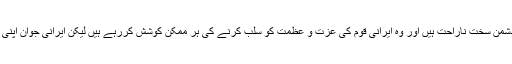
اسلامی جمہوریہ ایران کی علمی اور ٹیکنالوجی کے شعبوں میں پیشرفت سے دشمن سخت ناراحت ہیں اور وہ ایرانی قوم کی عزت و عظمت کو سلب کرنے کی ہر ممکن کوشش کررہے ہیں لیکن ایرانی جوان اپنی علمی صلاحیتوں کی بدولت اپنے اعلی اہداف اور مقاصد کی طرف گامزن ہیں ۔